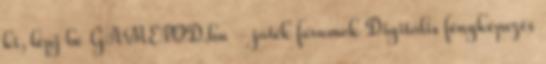
ki, lépj be GAMEPOD.hu - játék fórumok Digitális fényképezés